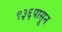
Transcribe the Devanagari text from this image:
९३६पासून